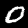
Digit: 0